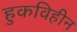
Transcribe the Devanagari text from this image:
हुकविहीन